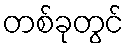
တစ်ခုတွင်